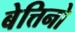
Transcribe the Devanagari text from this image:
बेत्तिनो